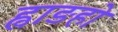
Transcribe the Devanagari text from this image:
ह्वाङहो